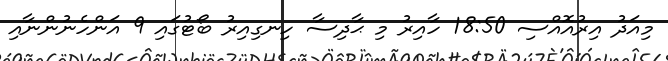
މިއަދު އިރުއޮއްސި 18:50 ހާއިރު މި ޙާދިސާ ހިނގިއިރު ބޯޓުގައި 9 އަންހެނުންނާއި